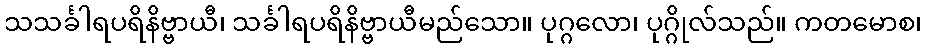
သသင်္ခါရပရိနိဗ္ဗာယီ၊ သင်္ခါရပရိနိဗ္ဗာယီမည်သော။ ပုဂ္ဂလော၊ ပုဂ္ဂိုလ်သည်။ ကတမောစ၊